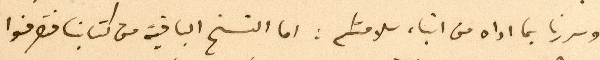
وسررنا بما اداه من انباء سلامتكم: اما النسخ الباقية من كتابنا فتصرفوا